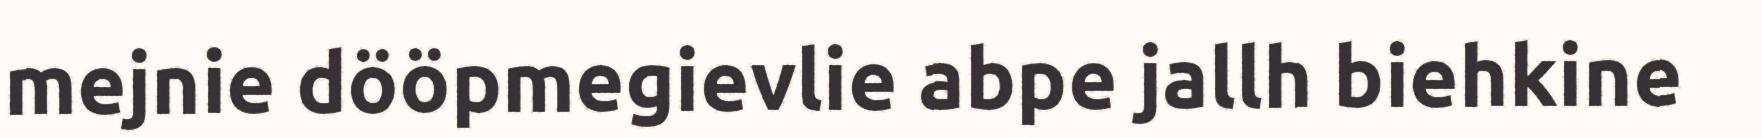
mejnie dööpmegievlie abpe jallh biehkine